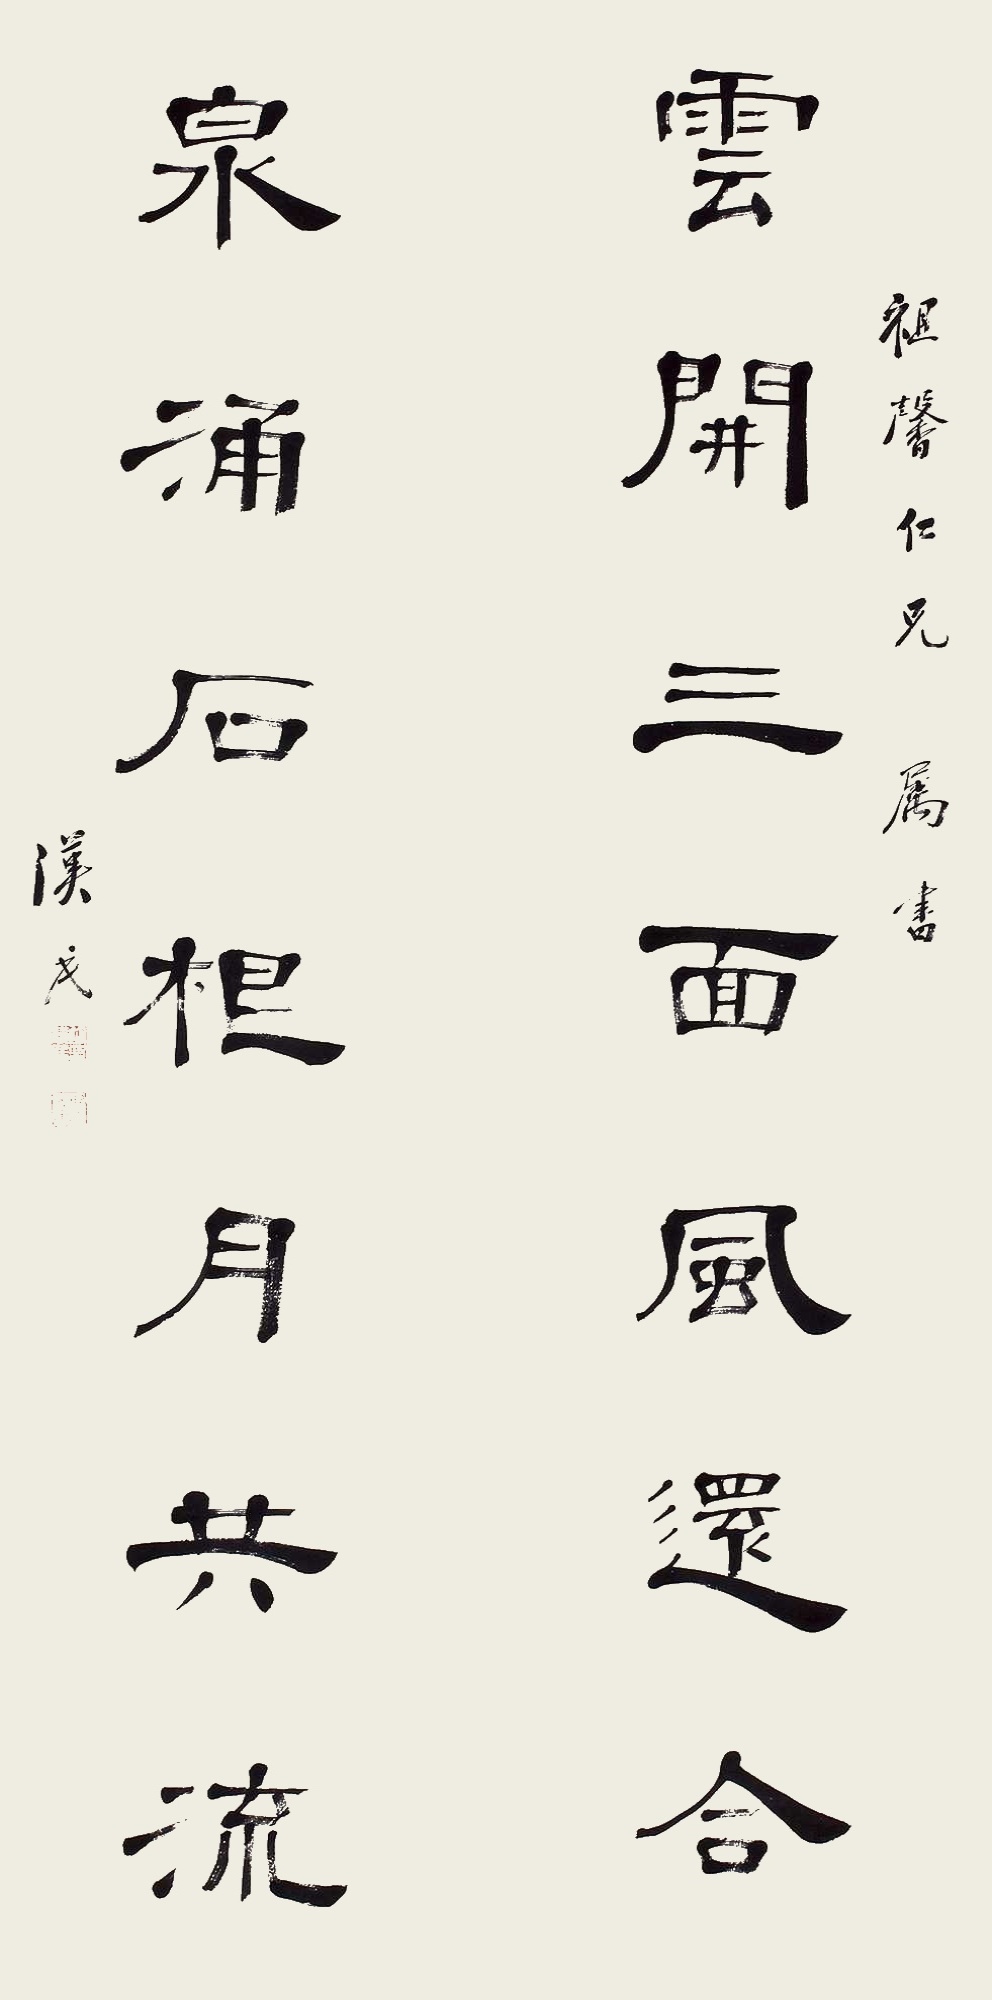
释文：云开三面风还合；泉涌石根月共流。祖馨仁兄属书，汉民。